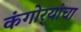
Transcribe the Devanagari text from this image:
कंगोर्‍यांचा